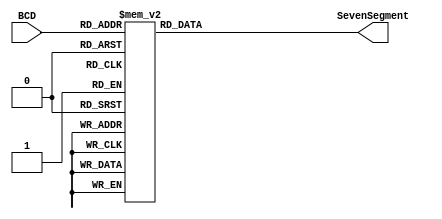
module BCD_Decoder(
    input [5:0]BCD,
    output reg [6:0]SevenSegment
);
//------------------------------------------------------------------------------
// Combinational circuit to convert BCD input to seven-segment output
always @(BCD) 
begin
case(BCD)
    // gfedcba
    6'd0 : SevenSegment <= 7'b0111111;  //     a
    6'd1 : SevenSegment <= 7'b0000110;  //    ----
    6'd2 : SevenSegment <= 7'b1011011;  //   |   |
    6'd3 : SevenSegment <= 7'b1001111;  //  f| g |b
    6'd4 : SevenSegment <= 7'b1100110;  //    ----
    6'd5 : SevenSegment <= 7'b1101101;  //   |   |
    6'd6 : SevenSegment <= 7'b1111101;  //  e|   |c
    6'd7 : SevenSegment <= 7'b0000111;  //    ----
    6'd8 : SevenSegment <= 7'b1111111;  //      d
    6'd9 : SevenSegment <= 7'b1101111;
    
    6'd10 : SevenSegment <= 7'b1110111; //A 
    6'd11 : SevenSegment <= 7'b1111100; //b
    6'd12 : SevenSegment <= 7'b0111001; //C
    6'd13 : SevenSegment <= 7'b1011110; //d
    6'd14 : SevenSegment <= 7'b1111001; //E
    6'd15 : SevenSegment <= 7'b1110001; //F
    6'd16 : SevenSegment <= 7'b0111101; //G
    6'd17 : SevenSegment <= 7'b1110100; //h
    6'd18 : SevenSegment <= 7'b0110000; //I
    6'd19 : SevenSegment <= 7'b0011110; //J
    6'd20 : SevenSegment <= 7'b1110101; //k
    6'd21 : SevenSegment <= 7'b0111000; //L
    6'd22 : SevenSegment <= 7'b0010101; //m
    6'd23 : SevenSegment <= 7'b0110111; //n
    6'd24 : SevenSegment <= 7'b1011100; //o
    6'd25 : SevenSegment <= 7'b1110011; //P
    6'd26 : SevenSegment <= 7'b1100111; //q
    6'd27 : SevenSegment <= 7'b0110011; //r
    6'd28 : SevenSegment <= 7'b1101101; //S
    6'd29 : SevenSegment <= 7'b1111000; //t
    6'd30 : SevenSegment <= 7'b0111110; //U
    6'd31 : SevenSegment <= 7'b0101110; //v
    6'd32 : SevenSegment <= 7'b0101010; //w
    6'd33 : SevenSegment <= 7'b1110110; //X
    6'd34 : SevenSegment <= 7'b1101110; //y
    6'd35 : SevenSegment <= 7'b1001011; //Z
    //6'd36 : SevenSegment <= 7'b0111001; //[
    
    
default: SevenSegment <= 7'b0000000;
endcase
end
//--------------------------------------------------------------
endmodule